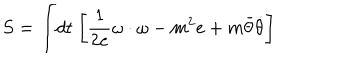
LaTeX: S = \int \! d t \ \biggl [ { \frac { 1 } { 2 e } } \omega \cdot \omega - m ^ { 2 } e + m \bar { \theta } { \dot { \theta } } \biggr ]